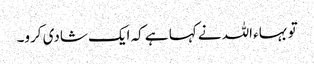
تو بہاء اللہ نے کہا ہے کہ ایک شادی کرو۔